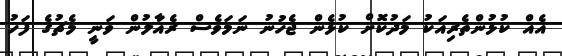
އެއް ކުޅުންތެރިއަކު މަދުކޮށް ކުޅެން ޖެހުނު ނަމަވެސް ރެއާލުން ވަނީ މެޗުގެ ފަހު